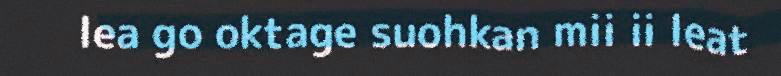
lea go oktage suohkan mii ii leat